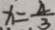
x = \frac { 4 } { 3 }